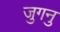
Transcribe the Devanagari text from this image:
जुगनु